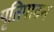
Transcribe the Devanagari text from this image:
पृतिपादन